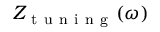
Z _ { \mathrm { ~ t ~ u ~ n ~ i ~ n ~ g ~ } } ( \omega )